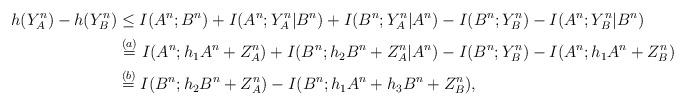
LaTeX: \begin{align*}h(Y_A^n)-h(Y_B^n) &\leq I(A^n;B^n) + I(A^n;Y_A^n|B^n) + I(B^n;Y_A^n|A^n) - I(B^n;Y_B^n) - I(A^n;Y_B^n|B^n) \\&\stackrel{(a)}{=} I(A^n;h_1 A^n + Z_A^n) + I(B^n;h_2 B^n+Z_A^n|A^n) - I(B^n;Y_B^n) - I(A^n; h_1 A^n +Z_B^n)\\&\stackrel{(b)}{=} I(B^n;h_2 B^n+Z_A^n) - I(B^n;h_1 A^n + h_3 B^n+Z_B^n),\end{align*}